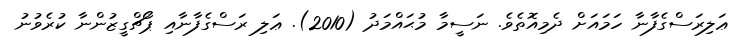
ޢަލިރަސްގެފާނާ ހަމައަށް ދެމިއޮތެވެ. ނަސީމާ މުޙައްމަދު (2010). ޢަލި ރަސްގެފާނާއި ޕޯޗްގީޒުންނާ ކުރެވުނު